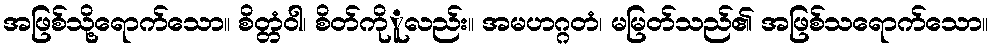
အဖြစ်သို့ရောက်သော။ စိတ္တံဝါ၊ စိတ်ကိုူလည်း။ အမဟဂ္ဂတံ၊ မမြတ်သည်၏ အဖြစ်သရောက်သော။